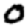
Digit: 0